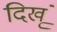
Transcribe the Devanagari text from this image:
दिखूं